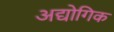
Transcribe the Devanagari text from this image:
अद्योगिक